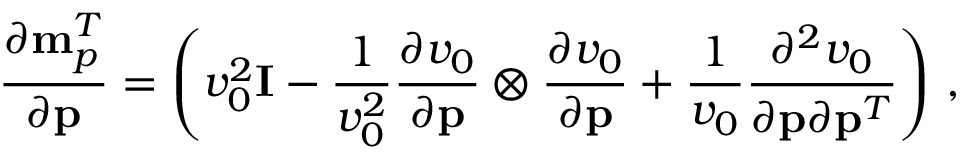
\frac { \partial { \bf m } _ { p } ^ { T } } { \partial { \bf p } } = \left( v _ { 0 } ^ { 2 } { \bf I } - \frac { 1 } { v _ { 0 } ^ { 2 } } \frac { \partial v _ { 0 } } { \partial { \bf p } } \otimes \frac { \partial v _ { 0 } } { \partial { \bf p } } + \frac { 1 } { v _ { 0 } } \frac { \partial ^ { 2 } v _ { 0 } } { \partial { \bf p } \partial { \bf p } ^ { T } } \right) \, ,